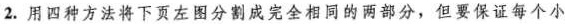
2.用四种方法将下页左图分割成完全相同的两部分，但要保证每个小